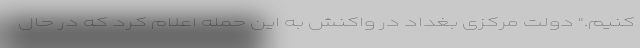
‌کنیم." دولت مرکزی بغداد در واکنش به این حمله اعلام کرد که در حال